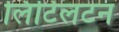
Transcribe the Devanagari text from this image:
लिटिलटन